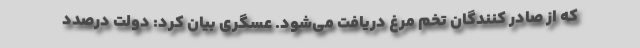
که از صادر کنندگان تخم مرغ دریافت می‌شود. عسگری بیان کرد: دولت درصدد